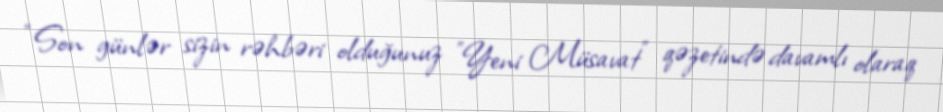
“Son günlər sizin rəhbəri olduğunuz ”Yeni Müsavat" qəzetində davamlı olaraq